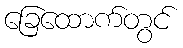
ခြေထောက်တွင်